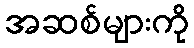
အဆစ်များကို